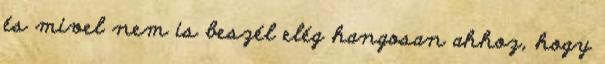
és mivel nem is beszél elég hangosan ahhoz, hogy